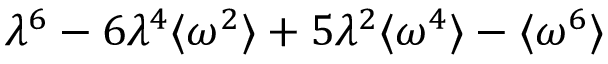
\lambda ^ { 6 } - 6 \lambda ^ { 4 } \langle \omega ^ { 2 } \rangle + 5 \lambda ^ { 2 } \langle \omega ^ { 4 } \rangle - \langle \omega ^ { 6 } \rangle